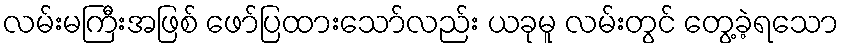
လမ်းမကြီးအဖြစ် ဖော်ပြထားသော်လည်း ယခုမူ လမ်းတွင် တွေ့ခဲ့ရသော